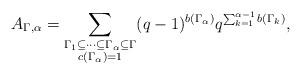
LaTeX: \begin{align*} A_{\Gamma,\alpha} = \sum_{\substack{\Gamma_1 \subseteq \dots \subseteq \Gamma_\alpha \subseteq \Gamma \\ c(\Gamma_\alpha)=1}} (q-1)^{b(\Gamma_\alpha)} q^{\sum_{k=1}^{\alpha-1} b(\Gamma_k)}, \end{align*}